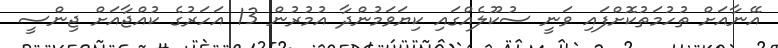
އޭނާއަށް ތުހުމަތުކޮށްފައި ވަނީ ސުކޫލެއްގައި ކިޔަވަމުންދާ އުމުރުން 13 އަހަރުގެ ކުއްޖާއަށް ޖިންސީ